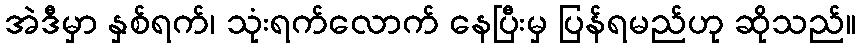
အဲဒီမှာ နှစ်ရက်၊ သုံးရက်လောက် နေပြီးမှ ပြန်ရမည်ဟု ဆိုသည်။